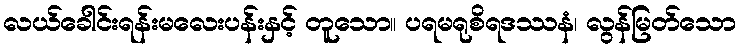
လယ်ခေါင်းရန်းမလေးပန်းနှင့် တူသော။ ပရမရုစိရဒဿနံ၊ လွန်မြတ်သော